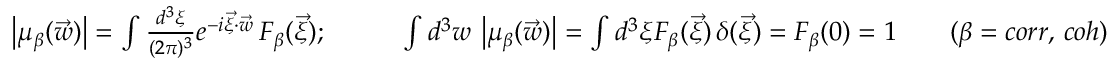
\begin{array} { r l r } & { \left| \mu _ { \beta } ( \vec { w } ) \right| = \int \frac { d ^ { 3 } \xi } { ( 2 \pi ) ^ { 3 } } e ^ { - i \vec { \xi } \cdot \vec { w } } \, F _ { \beta } ( \vec { \xi } ) ; \qquad } & { \int d ^ { 3 } w \, \left| \mu _ { \beta } ( \vec { w } ) \right| = \int d ^ { 3 } \xi F _ { \beta } ( \vec { \xi } ) \, \delta ( \vec { \xi } ) = F _ { \beta } ( 0 ) = 1 \qquad ( \beta = c o r r , \, c o h ) } \end{array}